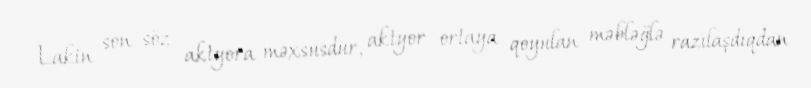
Lakin son söz aktyora məxsusdur, aktyor ortaya qoyulan məbləğlə razılaşdıqdan